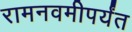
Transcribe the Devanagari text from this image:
रामनवमीपर्यंत